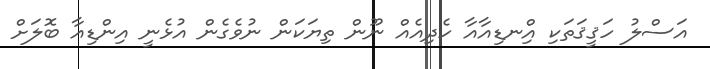
އަސްލު ހަޤީޤަތަކި އިްނޑިއާއާ ހެދިއެއް ނޫން ތިޔަކަން ނުވެގެން އުޅެނީ އިންޑިއާ ބޮލަށް